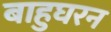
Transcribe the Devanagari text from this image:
बाहुघरन